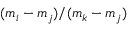
( m _ { i } - m _ { j } ) / ( m _ { k } - m _ { j } )